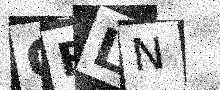
Text: GFLN